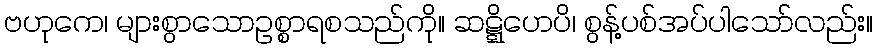
ဗဟုကေ၊ များစွာသောဥစ္စာရစသည်ကို။ ဆဋ္ဋိဟေပိ၊ စွန့်ပစ်အပ်ပါသော်လည်း။